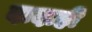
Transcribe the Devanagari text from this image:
दादाही